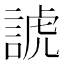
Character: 諕